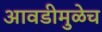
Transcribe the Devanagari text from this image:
आवडीमुळेच